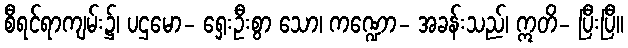
စီရင်ရာကျမ်း၌၊ ပဌမော- ရှေးဦးစွာ သော၊ ကဏ္ဍော- အခန်းသည်၊ ဣတိ- ပြီးပြီ။